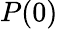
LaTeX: P(0)